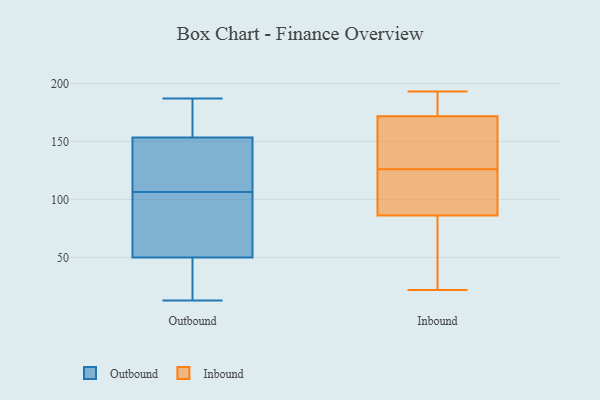
{"axis": {"x": "Satisfaction Score", "y": "Value"}, "legend": ["Inbound", "Outbound"], "data": [{"x": "", "y": 49, "type": "Outbound"}, {"x": "", "y": 180, "type": "Outbound"}, {"x": "", "y": 101, "type": "Outbound"}, {"x": "", "y": 158, "type": "Outbound"}, {"x": "", "y": 13, "type": "Outbound"}, {"x": "", "y": 37, "type": "Outbound"}, {"x": "", "y": 149, "type": "Outbound"}, {"x": "", "y": 125, "type": "Outbound"}, {"x": "", "y": 93, "type": "Outbound"}, {"x": "", "y": 162, "type": "Outbound"}, {"x": "", "y": 113, "type": "Outbound"}, {"x": "", "y": 90, "type": "Outbound"}, {"x": "", "y": 127, "type": "Outbound"}, {"x": "", "y": 41, "type": "Outbound"}, {"x": "", "y": 187, "type": "Outbound"}, {"x": "", "y": 177, "type": "Outbound"}, {"x": "", "y": 51, "type": "Outbound"}, {"x": "", "y": 112, "type": "Outbound"}, {"x": "", "y": 20, "type": "Outbound"}, {"x": "", "y": 94, "type": "Outbound"}, {"x": "", "y": 179, "type": "Inbound"}, {"x": "", "y": 79, "type": "Inbound"}, {"x": "", "y": 177, "type": "Inbound"}, {"x": "", "y": 110, "type": "Inbound"}, {"x": "", "y": 126, "type": "Inbound"}, {"x": "", "y": 22, "type": "Inbound"}, {"x": "", "y": 146, "type": "Inbound"}, {"x": "", "y": 156, "type": "Inbound"}, {"x": "", "y": 108, "type": "Inbound"}, {"x": "", "y": 25, "type": "Inbound"}, {"x": "", "y": 193, "type": "Inbound"}]}